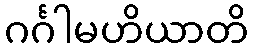
ဂင်္ဂါမဟိယာတိ